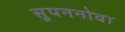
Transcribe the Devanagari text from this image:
सुपननोवा